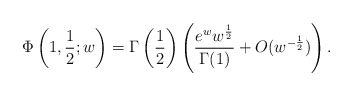
\begin{align*}\Phi\left(1,\frac 12;w\right) = \Gamma\left(\frac 12\right)\left( \frac{e^w w^{\frac 12}}{\Gamma(1)} + O(w^{-\frac 12}) \right).\end{align*}